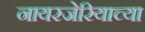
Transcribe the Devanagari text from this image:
नायरजेरियाच्या